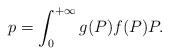
LaTeX: \begin{align*}p_{} = \int_0^{+\infty} g(P) f(P) P.\end{align*}